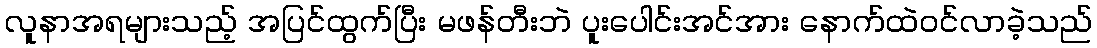
လူနာအရများသည့် အပြင်ထွက်ပြီး မဖန်တီးဘဲ ပူးပေါင်းအင်အား နောက်ထဲဝင်လာခဲ့သည်